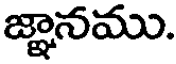
జ్ఞానము.